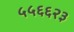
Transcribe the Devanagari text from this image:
५५६६२३